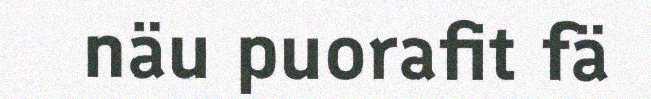
näu puorafit fä